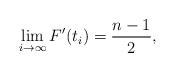
LaTeX: \begin{align*}\lim_{i\rightarrow\infty}F^{\prime}(t_{i})=\frac{n-1}{2},\end{align*}